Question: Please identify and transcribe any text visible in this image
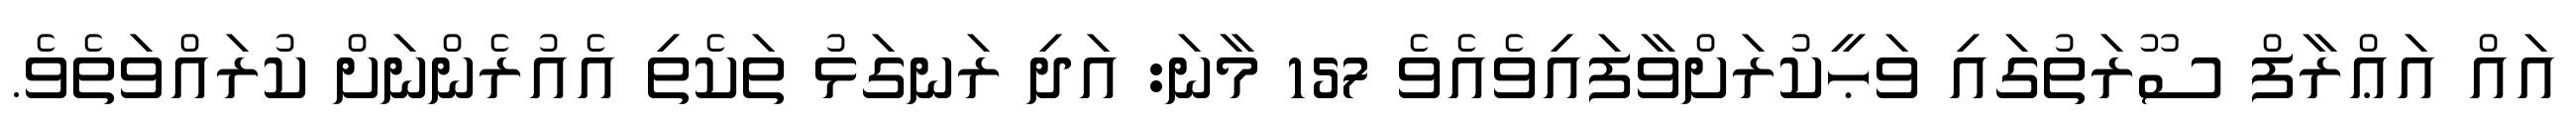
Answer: އައް އަޢްރާފް ސޫރަތުގައި ވަޙީކުރަށްވާފައިވެއެވެ 157 މާނަ: އަދި ރަނގަޅު ތަކެތި އެއުރެންނަށް ކުރައްވަތެވެ.